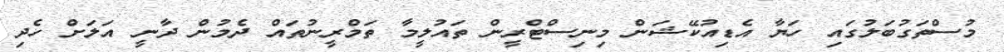
މުސްތަގުބަލުގައި ހަޔާ އެޑިއުކޭޝަން މިނިސްޓްރީން ތައުލީމާ ތަމްރީނުތައް ދެމުން ދާނީ އަލަށް ހެދި